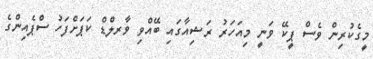
މީގެކުރިން ވެސް ޕީކޭ ވަނީ މިއަހަރު ރަޝިއާގައި ބޭއްވި ވާރލްޑް ކަޕަށްފަހު ސްޕެއިންގެ